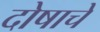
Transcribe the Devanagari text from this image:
दोषाचें